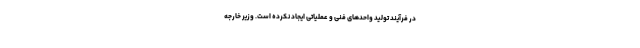
در فرآیند تولید واحدهای فنی و عملیاتی ایجاد نکرده است. وزیر خارجه